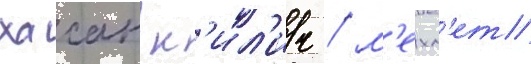
хасан к'ил'ич / м'ехм'ет